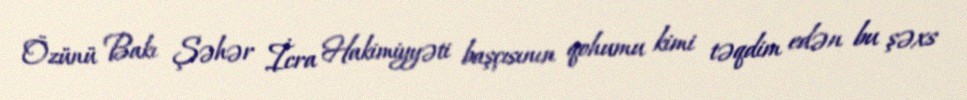
Özünü Bakı Şəhər İcra Hakimiyyəti başçısının qohumu kimi təqdim edən bu şəxs